Vital statistics of India. Vol. V, Reports of 1876 on armies & jails and on epidemic cholera
Year: 1876
Disease focus: Cholera
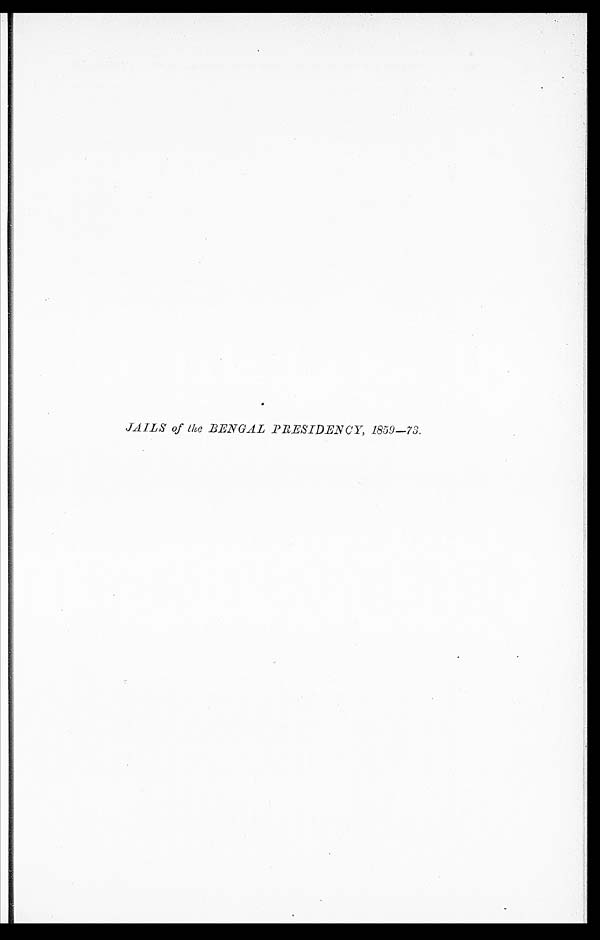
JAILS of the BENGAL PRESIDENCY, 1859—73.